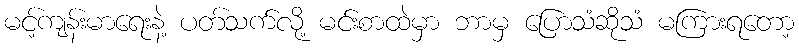
မင့်ကျန်းမာရေးနဲ့ ပတ်သက်လို့ မင်းစာထဲမှာ ဘာမှ ပြောသံဆိုသံ မကြားရတော့